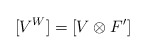
\begin{align*}[V^W] = [V \otimes F'] \end{align*}